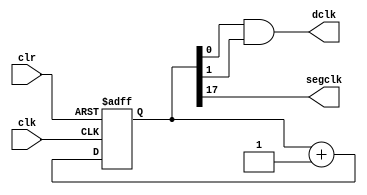
`timescale 1ns / 1ps
//////////////////////////////////////////////////////////////////////////////////
// Company: 
// Engineer: 
// 
// Design Name: 
// Module Name:    clockdiv 
// Project Name: 
// Target Devices: 
// Tool versions: 
// Description: 
//
// Dependencies: 
//
// Revision: 
// Revision 0.01 - File Created
// Additional Comments: 
//
//////////////////////////////////////////////////////////////////////////////////
module clockdiv(
	input wire clk,		//master clock: 100MHz
	input wire clr,		//asynchronous reset
	output wire dclk,		//pixel clock: 25MHz
	output wire segclk	//7-segment clock: 381.47Hz
	);

// 17-bit counter variable
reg [17:0] q;

// Clock divider --
// Each bit in q is a clock signal that is
// only a fraction of the master clock.
always @(posedge clk or posedge clr)
begin
	// reset condition
	if (clr == 1)
		q <= 0;
	// increment counter by one
	else
		q <= q + 1;
end

// 100Mhz  2^18 = 381.47Hz
assign segclk = q[17];

// 100Mhz  4 = 25MHz --bottom 2 bits will count from 0 to 4
assign dclk = q[0] & q[1];

endmodule